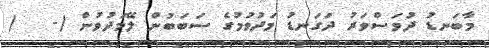
މާބަނޑު ދުވަސްވަރު ދަގަނޑު މަދުވުމުގެ ސަބަބުން ލޭމަދުވުން (-   )